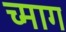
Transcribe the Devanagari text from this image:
च्माग